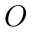
O